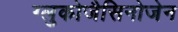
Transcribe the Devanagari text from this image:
ग्लुकोजैसिनोजेन